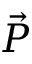
\vec { P }